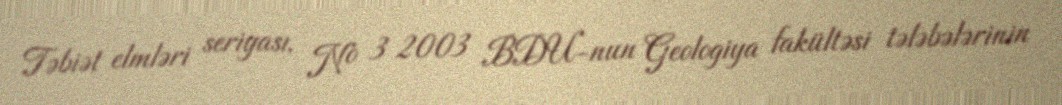
Təbiət elmləri seriyası, № 3 2003 BDU-nun Geologiya fakültəsi tələbələrinin